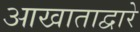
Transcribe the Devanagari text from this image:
आखाताद्वारे